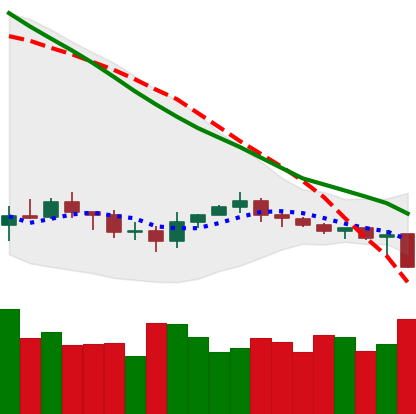
Ticker: XRP-USD
Chart end date: 2019-12-16
Forward return: -6.342%
Label: down_5_7